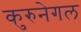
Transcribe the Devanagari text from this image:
कुरुनेगल